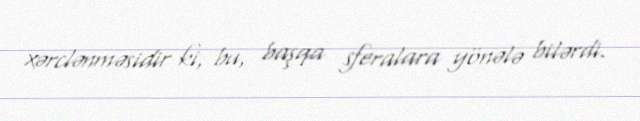
xərclənməsidir ki, bu, başqa sferalara yönələ bilərdi.